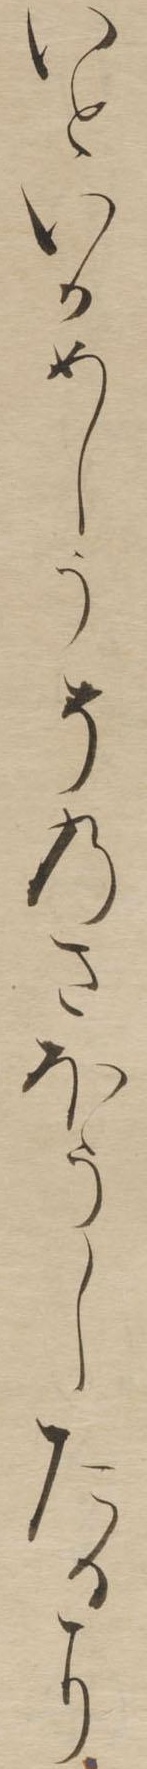
いといかめしうそのさほうしたるに